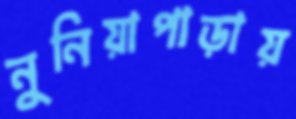
নুনিয়াপাড়ায়